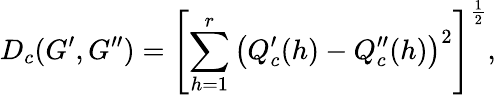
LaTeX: D_{c}(G^{\prime},G^{\prime\prime})=\left[\sum_{h=1}^{r}\left(Q_{c}^{\prime}(h)-Q_{c}^{\prime\prime}(h)\right)^{2}\right]^{\frac{1}{2}},